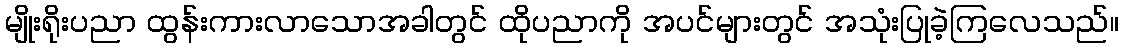
မျိုးရိုးပညာ ထွန်းကားလာသောအခါတွင် ထိုပညာကို အပင်များတွင် အသုံးပြုခဲ့ကြလေသည်။